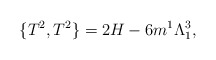
\begin{align*}\{ T^2 , T^2 \} =2H - 6 m^1 \Lambda^3_1,\end{align*}